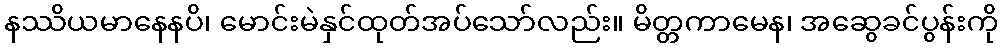
နဿိယမာနေနပိ၊ မောင်းမဲနှင်ထုတ်အပ်သော်လည်း။ မိတ္တကာမေန၊ အဆွေခင်ပွန်းကို